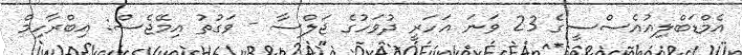
އެމްޑަބްލިއުއެސްސީގެ 23 ވަނަ އަހަރީ ދުވަހުގެ ޖަލްސާ - ވަގުތު އިމޭޖެސް: އިބްރާހިމް